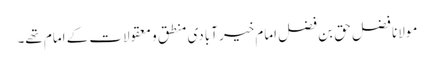
مولانا فضل حق بن فضل امام خیر آبادی منطق و معقولات کے امام تھے۔